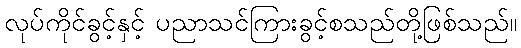
လုပ်ကိုင်ခွင့်နှင့် ပညာသင်ကြားခွင့်စသည်တို့ဖြစ်သည်။